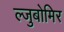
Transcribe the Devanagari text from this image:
ल्जुबोमिर